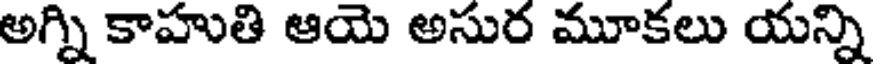
అగ్ని కాహుతి ఆయె అసుర మూకలు యన్ని